Scottish Certificate of Education, 1962
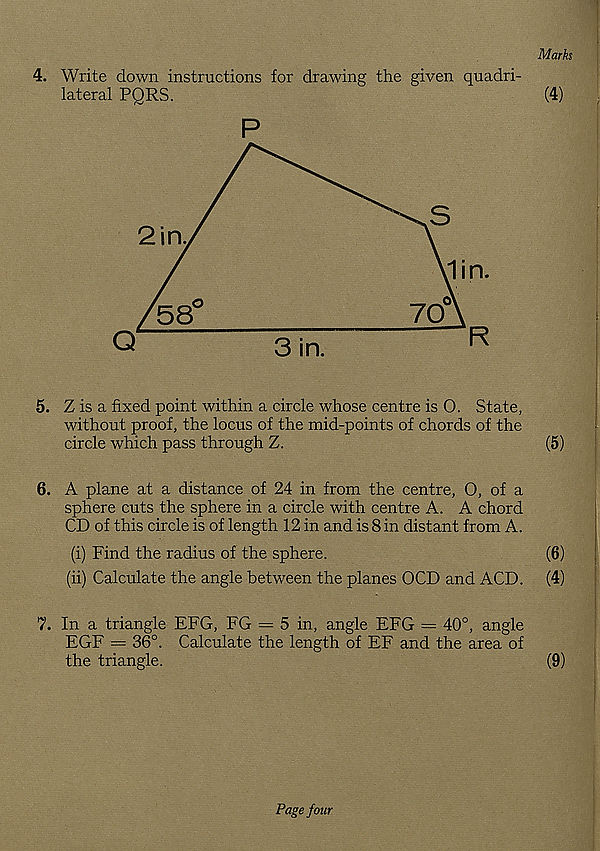
Marks
4. Write down instructions for drawing the given quadri-
lateral PQRS.
(4)
p
5. Z is a fixed point within a circle whose centre is O. State,
without proof, the locus of the mid-points of chords of the
circle which pass through Z.
(5)
6. A plane at a distance of 24 in from the centre, O, of a
sphere cuts the sphere in a circle with centre A. A chord
CD of this circle is of length 12 in and is 8 in distant from A.
(i) Find the radius of the sphere.
(6)
(ii) Calculate the angle between the planes OCD and ACD.
(4)
7. In a triangle EFG, FG = 5 in, angle EFG — 40°, angle
EGF = 36°. Calculate the length of EF and the area of
the triangle.
(9)
Page four